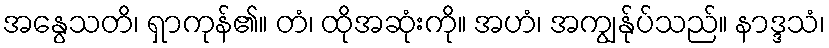
အနွေသတိ၊ ရှာကုန်၏။ တံ၊ ထိုအဆုံးကို။ အဟံ၊ အကျွန်ုပ်သည်။ နာဒ္ဒသံ၊